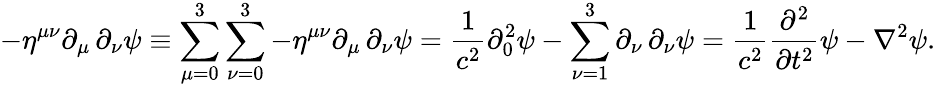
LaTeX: -\eta^{\mu\nu}\partial_{\mu}\, \partial_{\nu}\psi\equiv\sum_{\mu=0}^{3}\sum_{\nu=0}^{3}-\eta^{\mu\nu}\partial_{\mu}\, \partial_{\nu}\psi={\frac{1}{c^{2}}}\partial_{0}^{2}\psi-\sum_{\nu=1}^{3}\partial_{\nu}\, \partial_{\nu}\psi={\frac{1}{c^{2}}}{\frac{\partial^{2}}{\partial t^{2}}}\psi-\mathbf{\nabla}^{2}\psi.